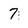
Character: 7